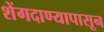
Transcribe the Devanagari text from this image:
शेंगदाण्यापासून